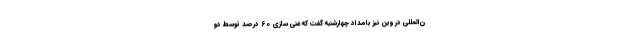
ن‌المللی در وین نیز بامداد چهارشنبه گفت که غنی سازی 60 درصد توسط دو